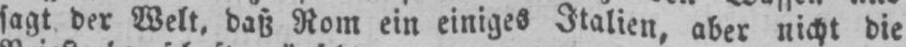
sagt der Welt, daß Rom ein einiges Italien, aber nicht die